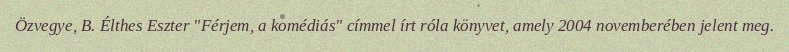
Özvegye, B. Élthes Eszter "Férjem, a komédiás" címmel írt róla könyvet, amely 2004 novemberében jelent meg.